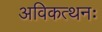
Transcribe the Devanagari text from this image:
अविकत्थनः